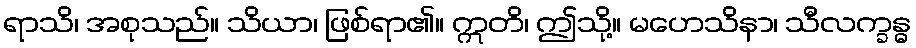
ရာသိ၊ အစုသည်။ သိယာ၊ ဖြစ်ရာ၏။ ဣတိ၊ ဤသို့။ မဟေသိနာ၊ သီလက္ခန္ဓ